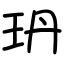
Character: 玬